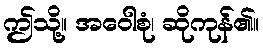
ဤသို့။ အဝေါစုံ၊ ဆိုကုန်၏။